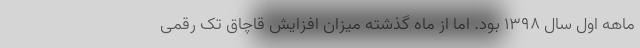
ماهه اول سال ۱۳۹۸ بود. اما از ماه گذشته میزان افزایش قاچاق تک رقمی